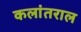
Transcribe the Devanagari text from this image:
कलांतराल